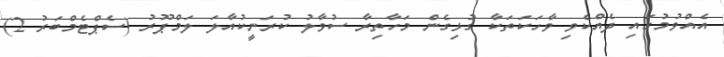
އެއްވުމުގައި ދެއްކެވި ވާހަކަތަކާ ގުޅިގެން މަހާތިރާ ސުވާލު ކުރަނީކުއާލަ ލަމްޕޫރު (ސެޕްޓެެމްބަރު 2)